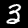
Digit: 3